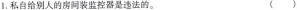
1.私自给别人的房间装监控器是违法的。 ()